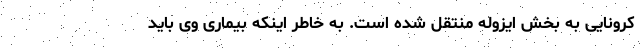
کرونایی به بخش ایزوله منتقل شده است. به خاطر اینکه بیماری وی باید